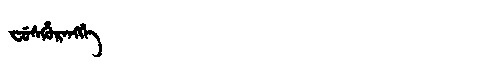
Manchu: ᠸᡠᠰᡥᡠᡵᡝᠩᡤᡝ
Romanization: FUSHURENGGE